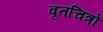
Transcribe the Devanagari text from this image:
वृतचित्रों